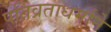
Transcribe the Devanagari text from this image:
पतिव्रताधर्माने